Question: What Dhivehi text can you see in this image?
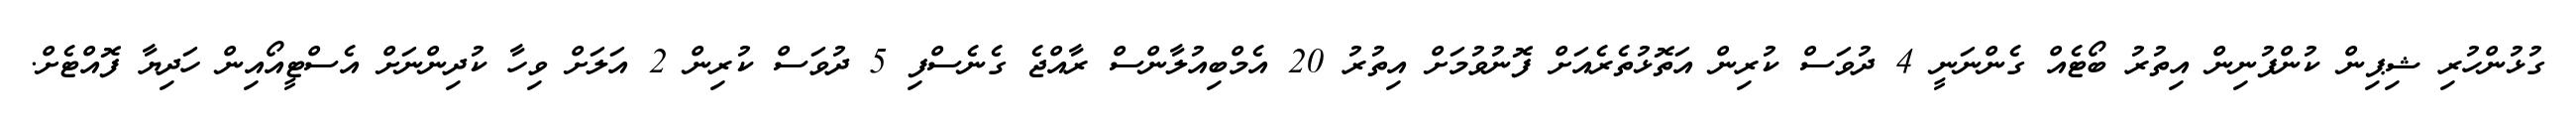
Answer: ގުޅުންހުރި ޝިޕިން ކުންފުނިން އިތުރު ބޯޓެއް ގެންނަނީ 4 ދުވަސް ކުރިން އަތޮޅުތެރެއަށް ފޮނުވުމަށް އިތުރު 20 އެމްބިއުލާންސް ރާއްޖެ ގެނެސްފި 5 ދުވަސް ކުރިން 2 އަލަށް ވިހާ ކުދިންނަށް އެސްޓީއޯއިން ހަދިޔާ ފޮއްޓެށް.